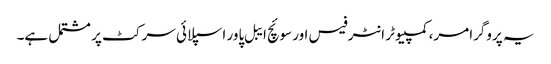
یہ پروگرامر، کمپیوٹر انٹرفیس اور سوئچ ایبل پاور اسپلائی سرکٹ پر مشتمل ہے۔